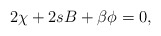
\begin{align*}2\chi +2sB +\beta \phi =0, \end{align*}